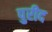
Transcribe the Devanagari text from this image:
पुरीद